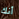
أنك